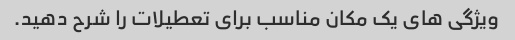
ویژگی های یک مکان مناسب برای تعطیلات را شرح دهید.